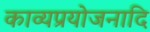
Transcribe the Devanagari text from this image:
काव्यप्रयोजनादि